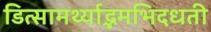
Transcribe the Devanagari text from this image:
डित्सामर्थ्याद्भमभिदधती